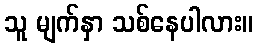
သူ မျက်နှာ သစ်နေပါလား။